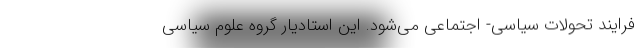
فرایند تحولات سیاسی- اجتماعی می‌شود. این استادیار گروه علوم سیاسی